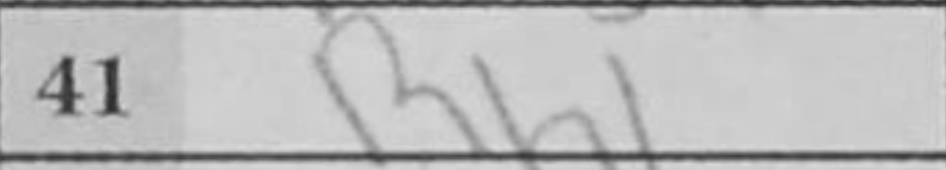
Transcription: Rh1